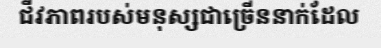
ជីវភាពរបស់មនុស្សជាច្រើននាក់ដែល